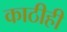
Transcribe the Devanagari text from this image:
काठीही